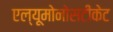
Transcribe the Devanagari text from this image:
एल्यूमोनोसटीकेट